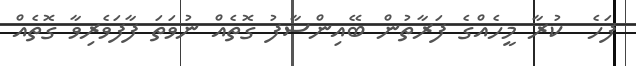
ފަހެ  ކުރާ މީހެއްގެ ފަރާތުން ބޭއިންސާފު ގޮތެއް ނުވަތަ ފާފަވެރިވާ ގޮތެއް